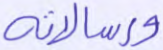
ورسالاته